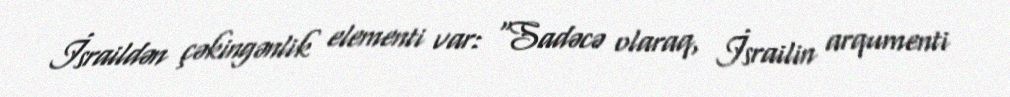
İsraildən çəkingənlik elementi var: “Sadəcə olaraq, İsrailin arqumenti